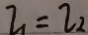
l _ { 1 } = l _ { 2 }